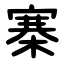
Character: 寨